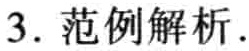
3. 范例解析.